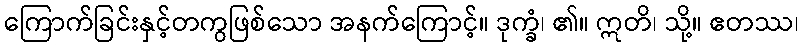
ကြောက်ခြင်းနှင့်တကွဖြစ်သော အနက်ကြောင့်။ ဒုက္ခံ၊ ၏။ ဣတိ၊ သို့။ ဧတဿ၊